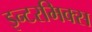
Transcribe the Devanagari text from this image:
इन्टरमिक्स